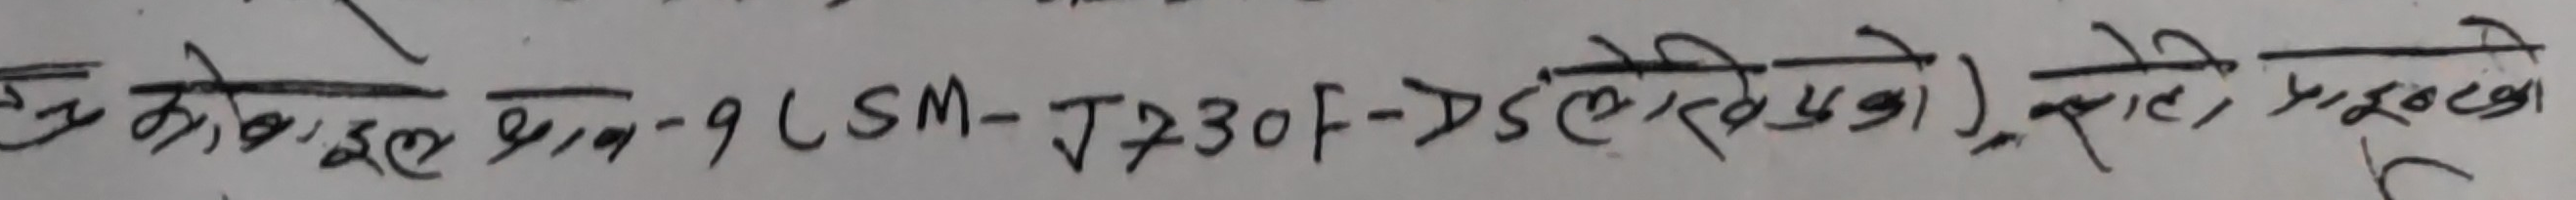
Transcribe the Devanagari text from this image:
मोवाइल प्राव-१८SM-J730F-DSलेखिएको), रोटे, प्रन्टको